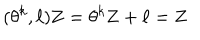
( \theta ^ { k } , { \bf \ell } ) { \bf Z } = \theta ^ { k } { \bf Z } + { \bf \ell } = { \bf Z }